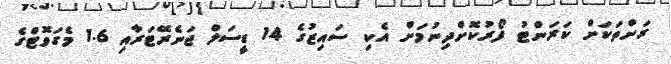
ރަށްތަކަށް ކަރަންޓު ފޯރުކޮށްދިނުމަށް އެކި ސައިޒުގެ 14 ޑީސަލް ޖަނެރޭޓަރާއި 1.6 މެގަވޮޓްގެ